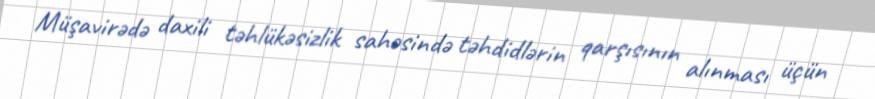
Müşavirədə daxili təhlükəsizlik sahəsində təhdidlərin qarşısının alınması üçün